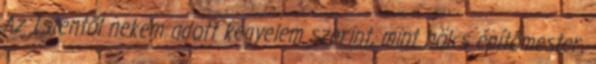
Az Istentől nekem adott kegyelem szerint, mint bölcs építőmester,